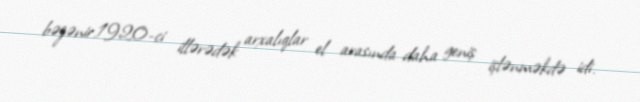
bəzənir.1920-ci illərədək arxalıqlar el arasında daha geniş işlənməkdə idi.